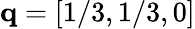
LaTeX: \mathbf{q}=[1/3,1/3,0]